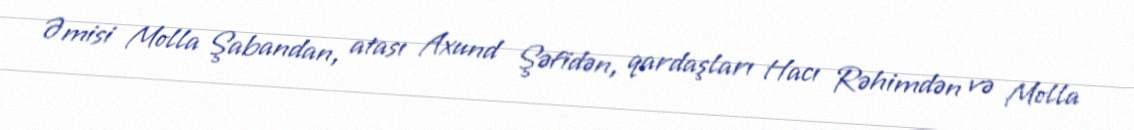
Əmisi Molla Şabandan, atası Axund Şəfidən, qardaşları Hacı Rəhimdən və Molla